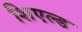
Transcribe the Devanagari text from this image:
शिएल्ड